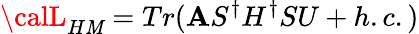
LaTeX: {\calL}_{H\mathit{M}}=Tr(\mathbf{A}S^{\dagger}H^{\dagger}SU+h.c.)